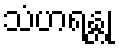
သံဟရန္တု